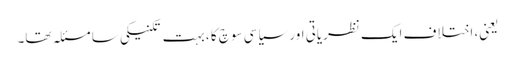
یعنی، اختلاف ایک نظریاتی اور سیاسی سوچ کا ، بہت تکنیکی سا مسئلہ تھا۔